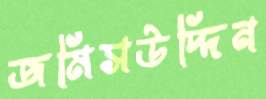
জমিসউদ্দিন